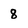
Character: 8